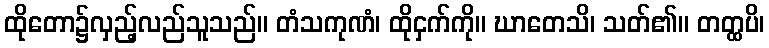
ထိုတော၌လှည့်လည်သူသည်။ တံသကုဏံ၊ ထိုငှက်ကို။ ဃာတေသိ၊ သတ်၏။ တတ္ထပိ၊